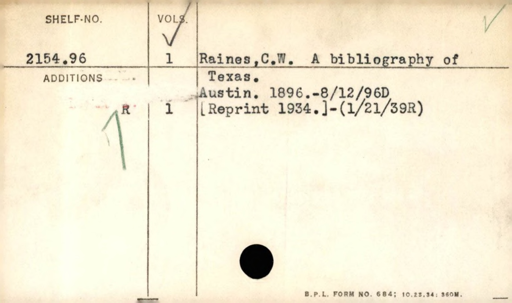
Label: content